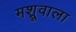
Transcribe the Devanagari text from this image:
मश्रूवाला